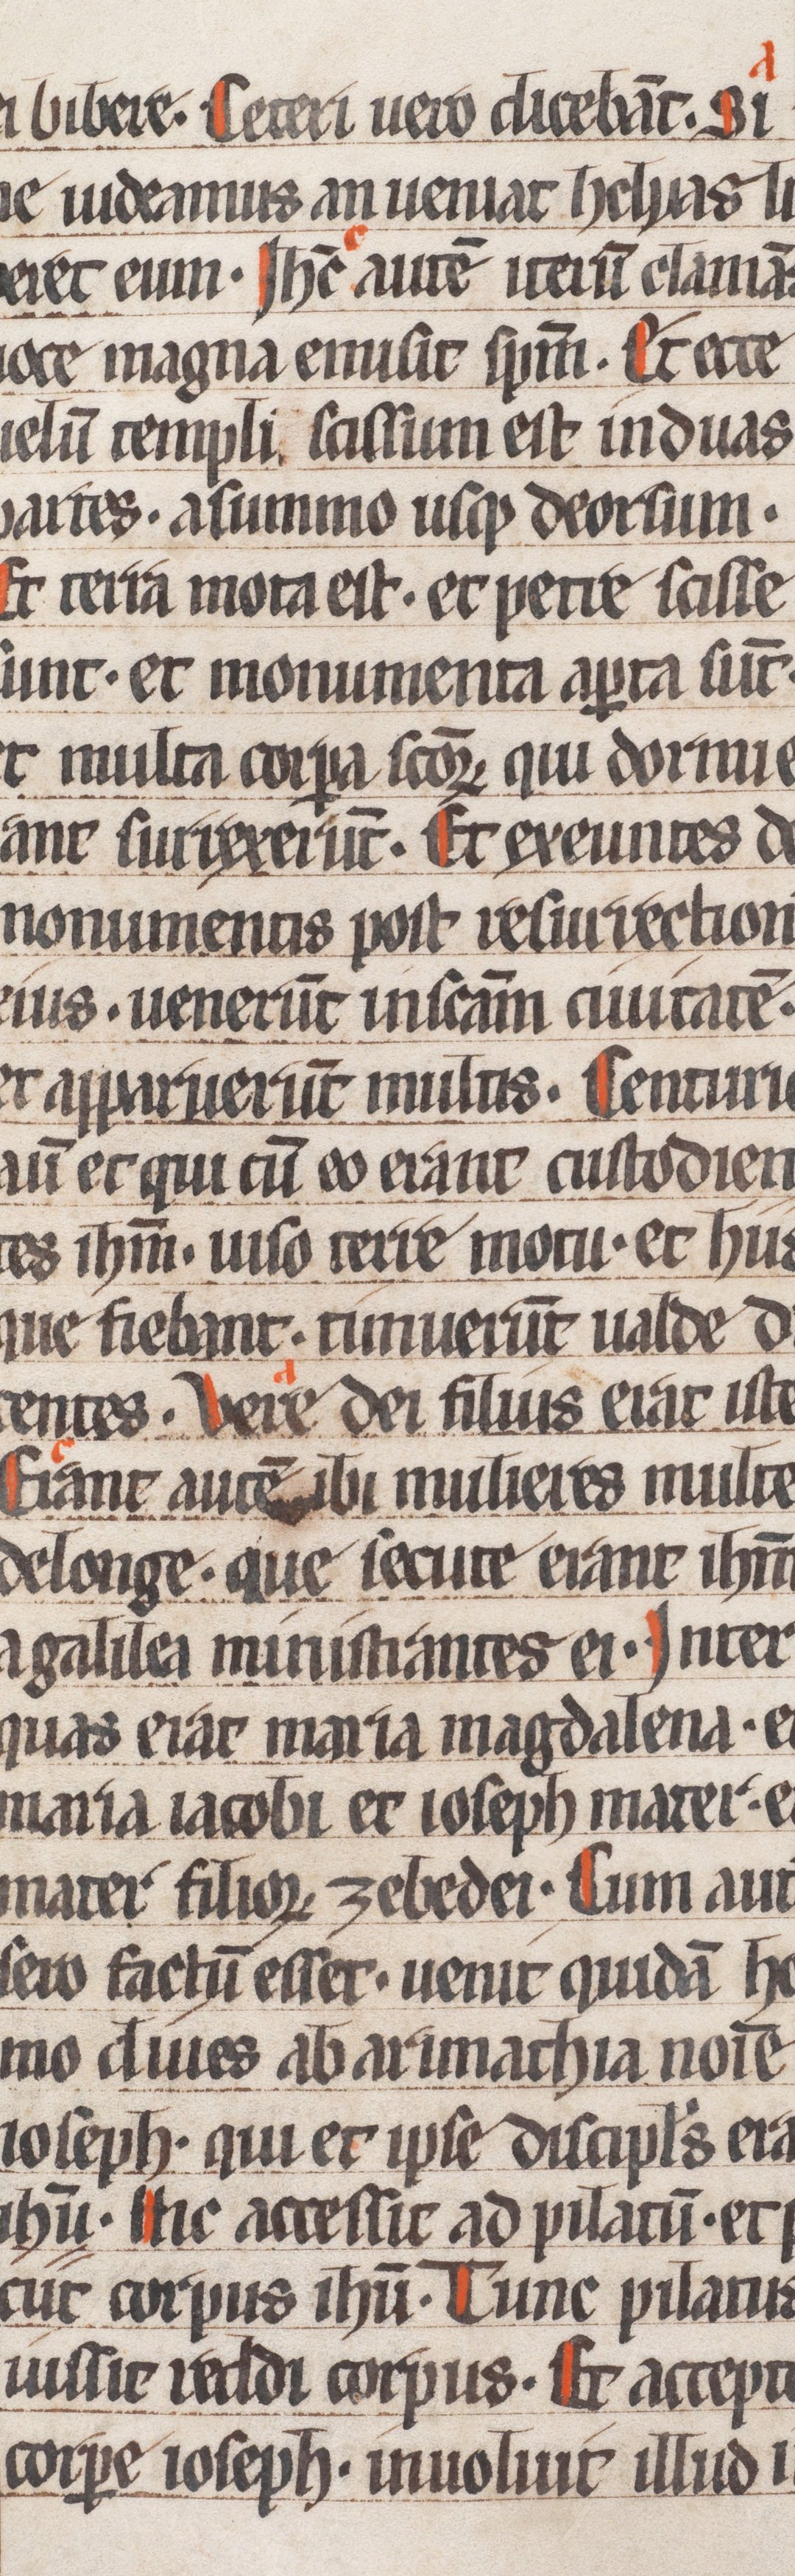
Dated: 1250–1299